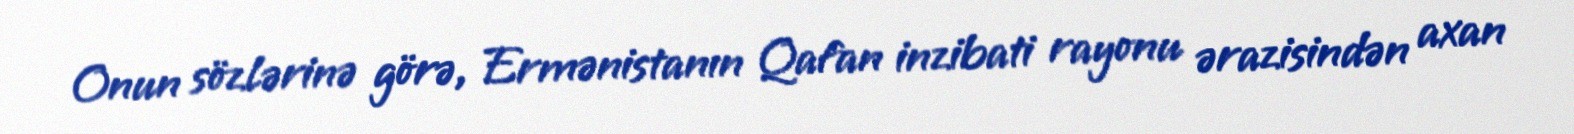
Onun sözlərinə görə, Ermənistanın Qafan inzibati rayonu ərazisindən axan